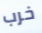
خرب